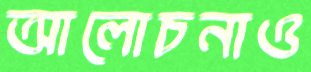
আলোচনাও